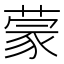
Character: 蒙